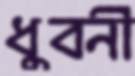
ধুবনী